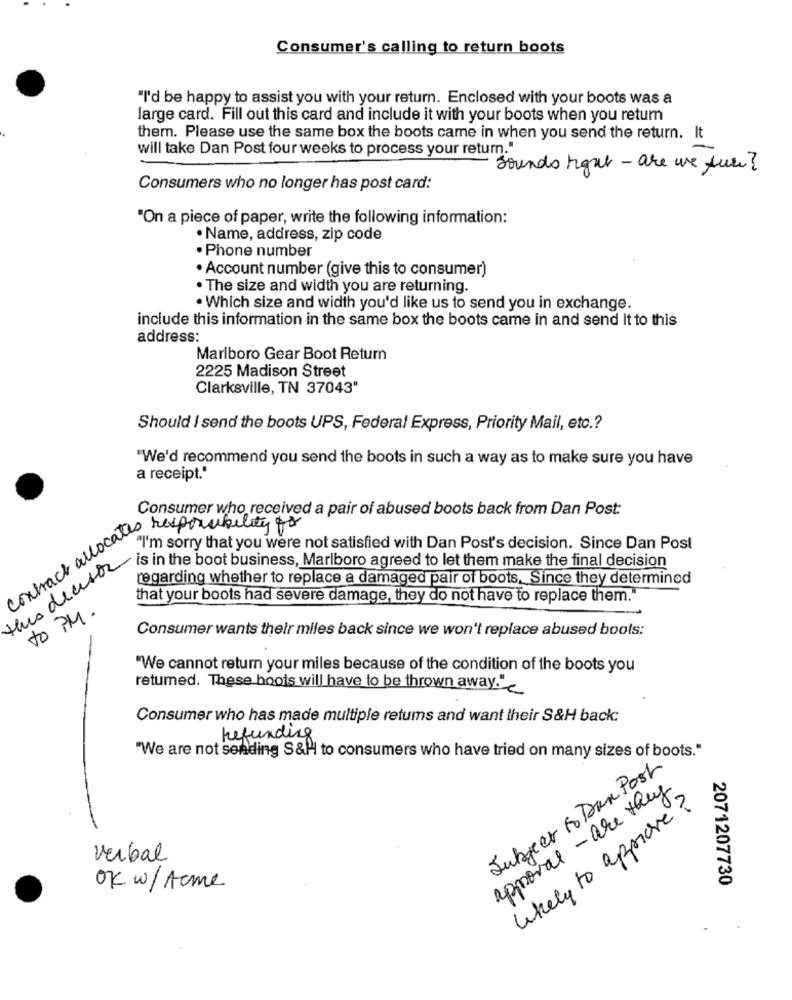
Consumer's calling to return boots
"I'd be happy to assist you with your return. Enclosed with your boots was a
large card. Fill out this card and include it with your boots when you return
them. Please use the same box the boots came in when you send the return. It
will take Dan Post four weeks to process your return."
Sounds haut- are we sure?
Consumers who no longer has post card:
"On a piece of paper, write the following information:
· Name, address, zip code
· Phone number
· Account number (give this to consumer)
.The size and width you are returning.
· Which size and width you'd like us to send you in exchange.
include this information in the same box the boots came in and send it to this
address:
Marlboro Gear Boot Return
2225 Madison Street
Clarksville, TN 37043"
Should I send the boots UPS, Federal Express, Priority Mail, etc .?
"We'd recommend you send the boots in such a way as to make sure you have
a receipt."
Consumer who received a pair of abused boots back from Dan Post:
contract allocal, responsibility to
"I'm sorry that you were not satisfied with Dan Post's decision. Since Dan Post
tero decesor
is in the boot business, Marlboro agreed to let them make the final decision
regarding whether to replace a damaged pair of boots. Since they determined
that your boots had severe damage, they do not have to replace them."
50 PM.
Consumer wants their miles back since we won't replace abused boots:
"We cannot return your miles because of the condition of the boots you
returned. These boots will have to be thrown away"
Consumer who has made multiple retums and want their S&H back:
refunding
"We are not sending S&H to consumers who have tried on many sizes of boots."
Jungeer to Dan Post
approval -are they
likely to approve?
verbal
OK w/Acme
2071207730